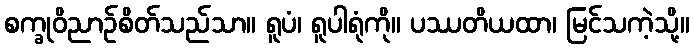
စက္ခုဝိညာဉ်စိတ်သည်သာ။ ရူပံ၊ ရူပါရုံကို။ ပဿတိယထာ၊ မြင်သကဲ့သို့။